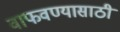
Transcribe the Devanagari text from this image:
वाफवण्यासाठी